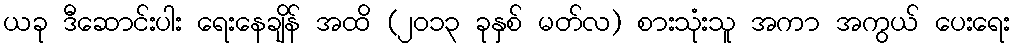
ယခု ဒီဆောင်းပါး ရေးနေချိန် အထိ (၂ဝ၁၃ ခုနှစ် မတ်လ) စားသုံးသူ အကာ အကွယ် ပေးရေး